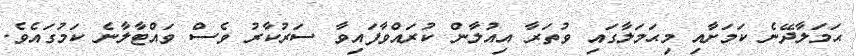
ޙަމަލާދޭނެ ކަމަށާއި މިޙަމަލާގައި ވުތަރާ އިއުލާން ކުރައްވާފައިވާ ސަރުކާރު ވެސް ވައްޓާލާނެ ކަމުގައެވެ.